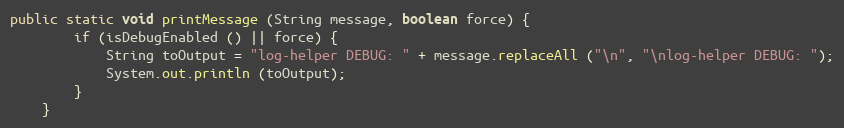
Language: Java
public static void printMessage (String message, boolean force) {
		if (isDebugEnabled () || force) {
			String toOutput = "log-helper DEBUG: " + message.replaceAll ("\n", "\nlog-helper DEBUG: ");
			System.out.println (toOutput);
		}
	}